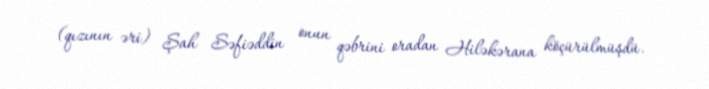
(qızının əri) Şah Səfiəddin onun qəbrini oradan Hiləkərana köçürülmüşdü.